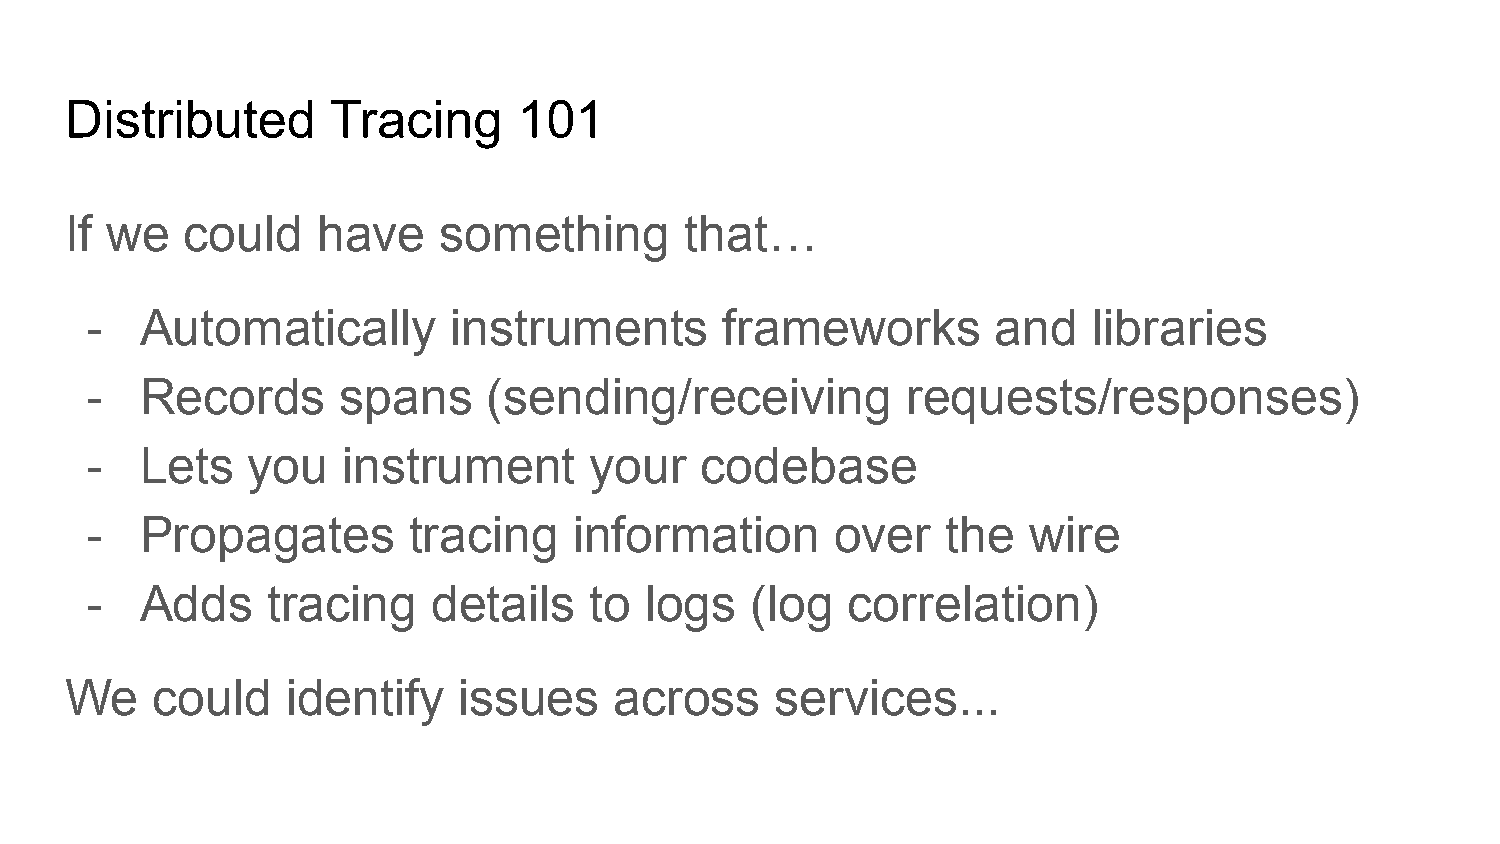
Distributed       Tracing     101
 If we   could    have    something       that…
 -  Automatically        instruments       frameworks        and   libraries
 -  Records       spans    (sending/receiving          requests/responses)
 -  Lets   you    instrument      your   codebase
 -  Propagates        tracing    information      over    the  wire
 -  Adds     tracing    details   to  logs   (log  correlation)
 We    could    identify   issues     across    services...